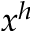
x ^ { h }